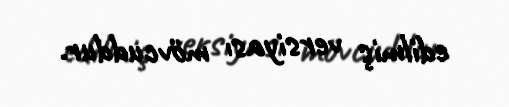
edilmiş versiyası mövcuddur.